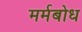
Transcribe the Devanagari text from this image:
मर्मबोध